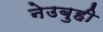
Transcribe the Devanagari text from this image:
नेउबुही